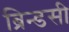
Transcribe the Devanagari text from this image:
ब्रिन्डसी